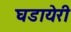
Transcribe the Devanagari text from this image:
घडायेरी